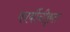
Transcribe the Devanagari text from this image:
कार्बीनीकृत